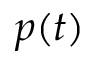
p ( t )